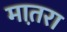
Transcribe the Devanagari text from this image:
मात़रा